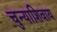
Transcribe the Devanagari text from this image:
चुन्याशिवाय